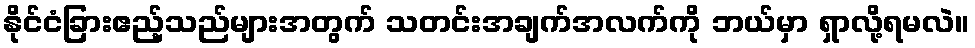
နိုင်ငံခြားဧည့်သည်များအတွက် သတင်းအချက်အလက်ကို ဘယ်မှာ ရှာလို့ရမလဲ။